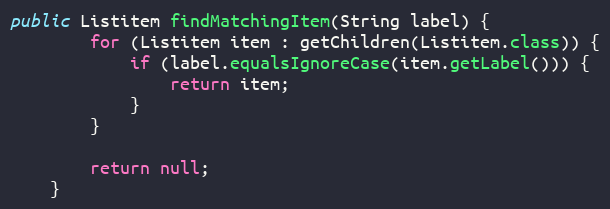
Language: Java
public Listitem findMatchingItem(String label) {
        for (Listitem item : getChildren(Listitem.class)) {
            if (label.equalsIgnoreCase(item.getLabel())) {
                return item;
            }
        }

        return null;
    }